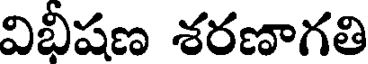
విభీషణ శరణాగతి